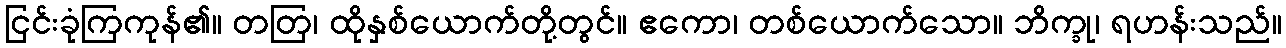
ငြင်းခုံကြကုန်၏။ တတြ၊ ထိုနှစ်ယောက်တို့တွင်။ ဧကော၊ တစ်ယောက်သော။ ဘိက္ခု၊ ရဟန်းသည်။